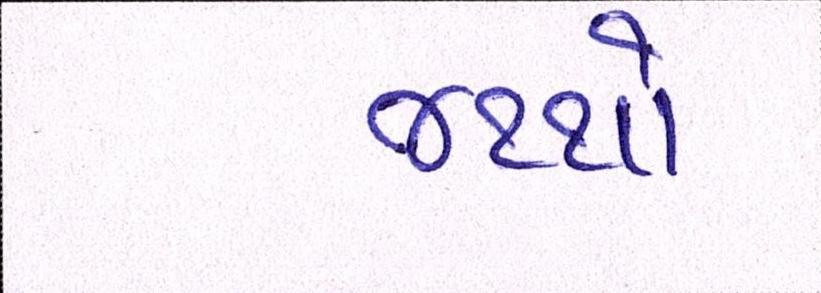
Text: જથ્થો